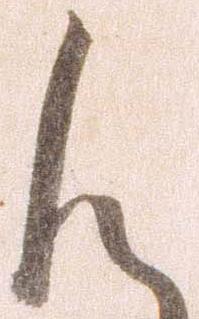
候